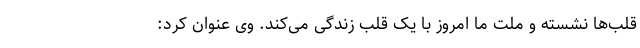
قلب‌ها نشسته و ملت ما امروز با یک قلب زندگی می‌کند. وی عنوان کرد: